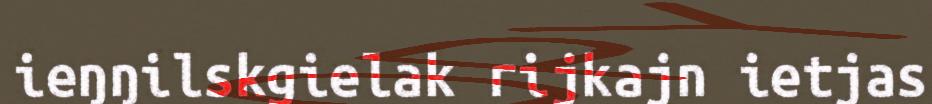
ieŋŋilskgielak rijkajn ietjas